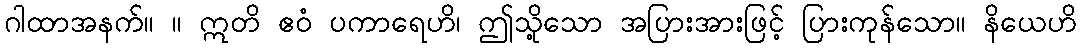
ဂါထာအနက်။ ။ ဣတိ ဧဝံ ပကာရေဟိ၊ ဤသို့သော အပြားအားဖြင့် ပြားကုန်သော။ နိယေဟိ